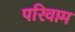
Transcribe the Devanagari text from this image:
परिवाम